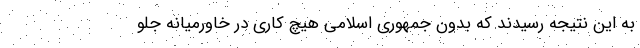
به این نتیجه رسیدند که بدون جمهوری اسلامی هیچ کاری در خاورمیانه جلو